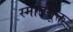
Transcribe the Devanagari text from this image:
स्मार्तसूक्त